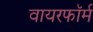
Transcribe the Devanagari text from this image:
वायरफॉर्म